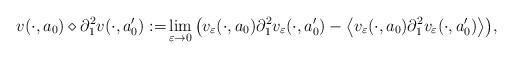
LaTeX: \begin{align*}v( \cdot, a_0) \diamond \partial_1^2 v(\cdot, a_0') :=& \lim_{\varepsilon \to 0} \big( v_\varepsilon( \cdot, a_0) \partial_1^2 v_\varepsilon(\cdot, a_0') - \big\langle v_\varepsilon( \cdot, a_0) \partial_1^2 v_\varepsilon(\cdot, a_0') \big\rangle \big),\end{align*}